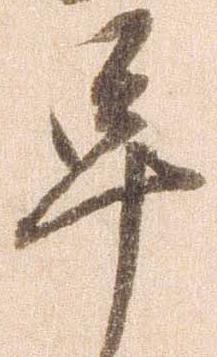
早